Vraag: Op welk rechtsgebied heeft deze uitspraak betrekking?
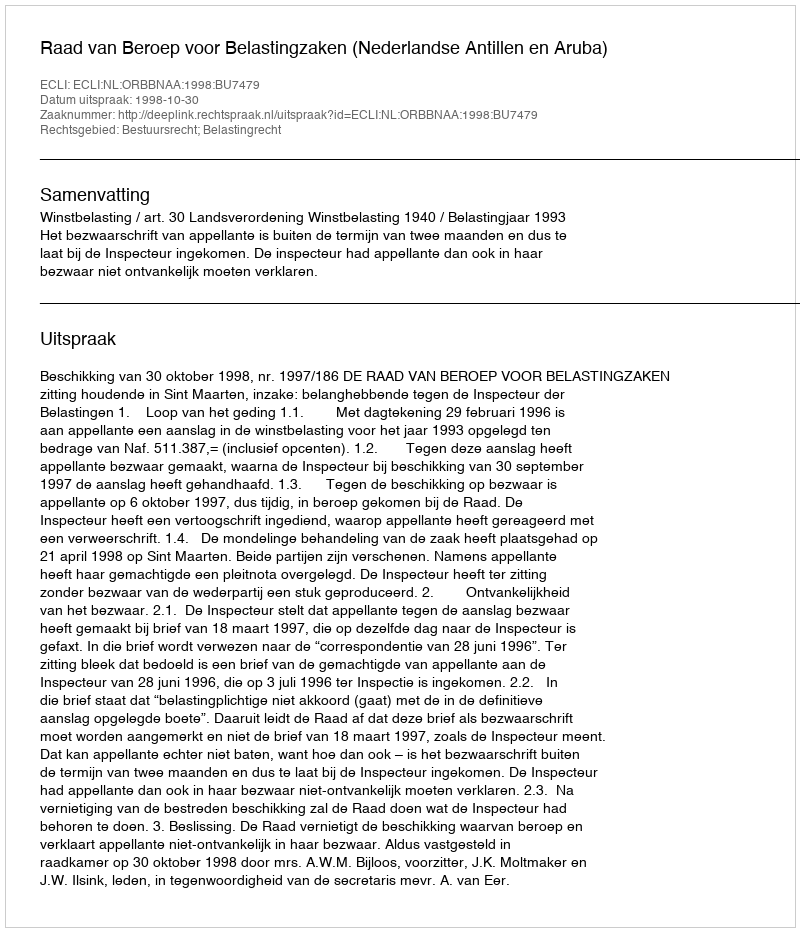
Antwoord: Bestuursrecht; Belastingrecht